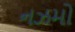
નઝમો